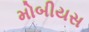
મોબીયસ